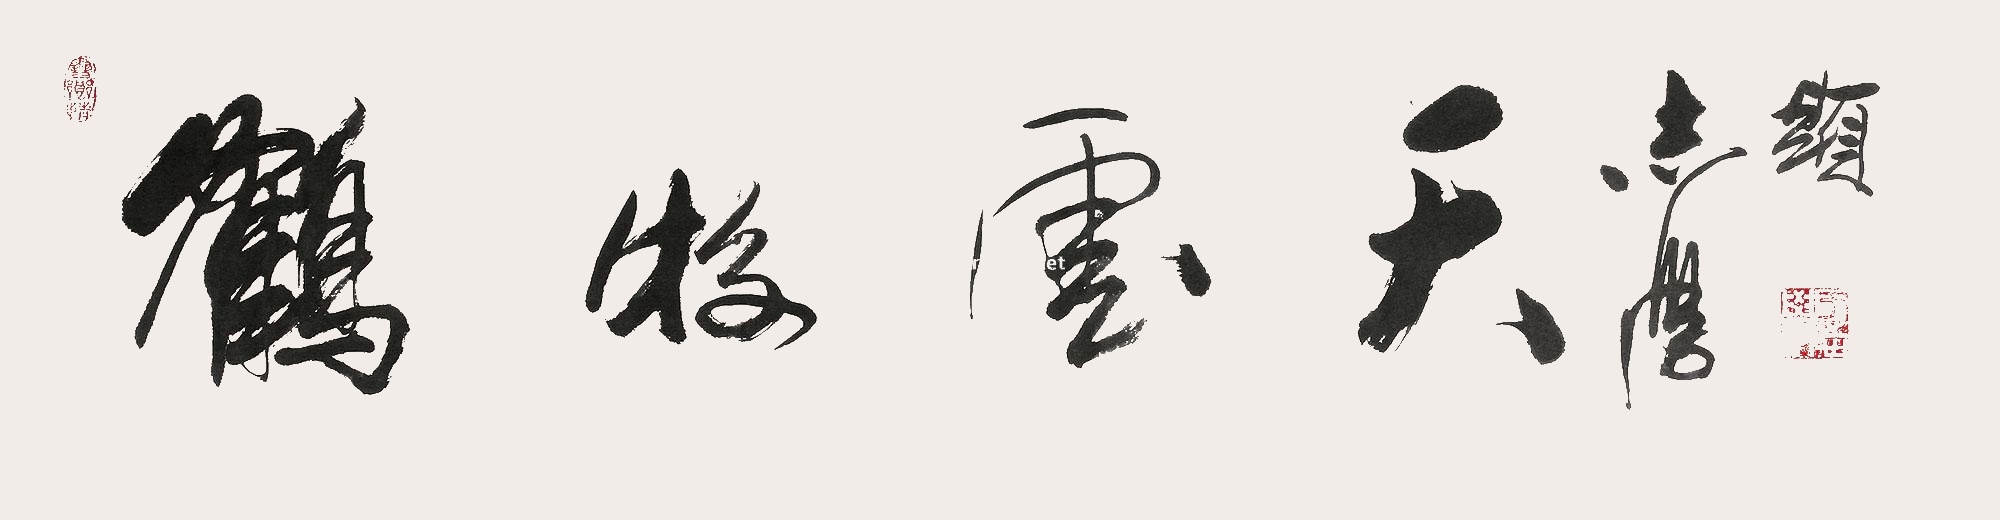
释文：鹤牧云天志学题。